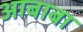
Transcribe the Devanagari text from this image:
आबाबा